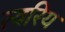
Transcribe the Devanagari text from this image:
त्वरिय